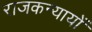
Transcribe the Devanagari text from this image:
राजकन्यायों